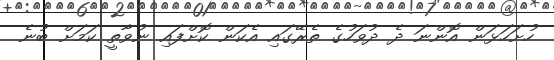
ހުށަހަޅަން އޮންނަ ދެ ދުވަހުގެ ތެރޭގައި އެކަން ކޮށްފައި ނުވާތީ ކަމަށް ބުނެ